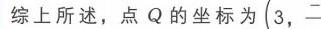
综上所述，点\(Q\)的坐标为\((3,\)